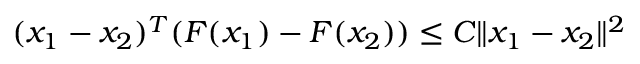
( x _ { 1 } - x _ { 2 } ) ^ { T } ( F ( x _ { 1 } ) - F ( x _ { 2 } ) ) \leq C \Vert x _ { 1 } - x _ { 2 } \Vert ^ { 2 }